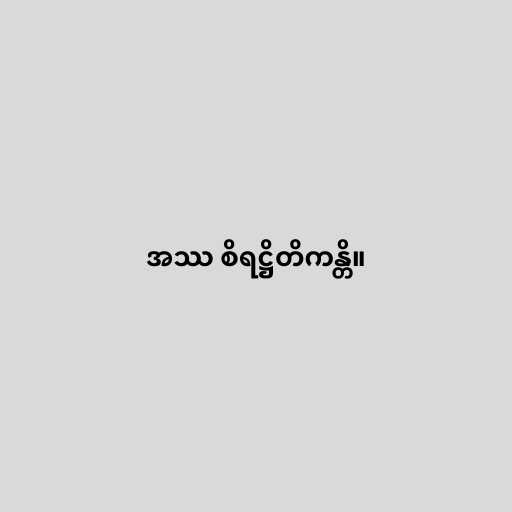
အဿ စိရဋ္ဌိတိကန္တိ။